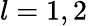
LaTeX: l=1,2